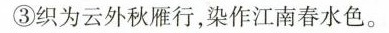
③织为云外秋雁行，染作江南春水色。